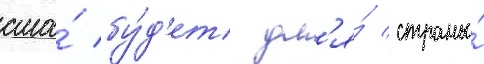
сша́ бу́д'ет дл'я́ страны́